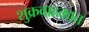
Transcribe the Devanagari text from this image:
शुक्रवाहकात